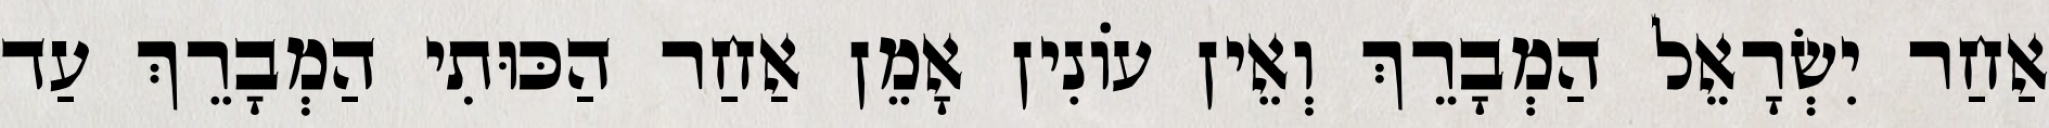
אַחַר יִשְׂרָאֵל הַמְבָרֵךְ וְאֵין עוֹנִין אָמֵן אַחַר הַכּוּתִי הַמְבָרֵךְ עַד